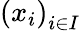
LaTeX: \left(x_{i}\right)_{i\in I}